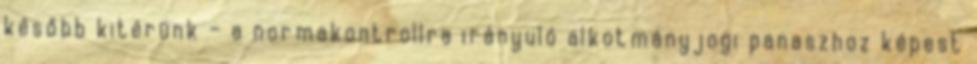
később kitérünk – a normakontrollra irányuló alkotmányjogi panaszhoz képest